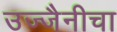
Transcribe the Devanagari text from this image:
उज्जैनीचा